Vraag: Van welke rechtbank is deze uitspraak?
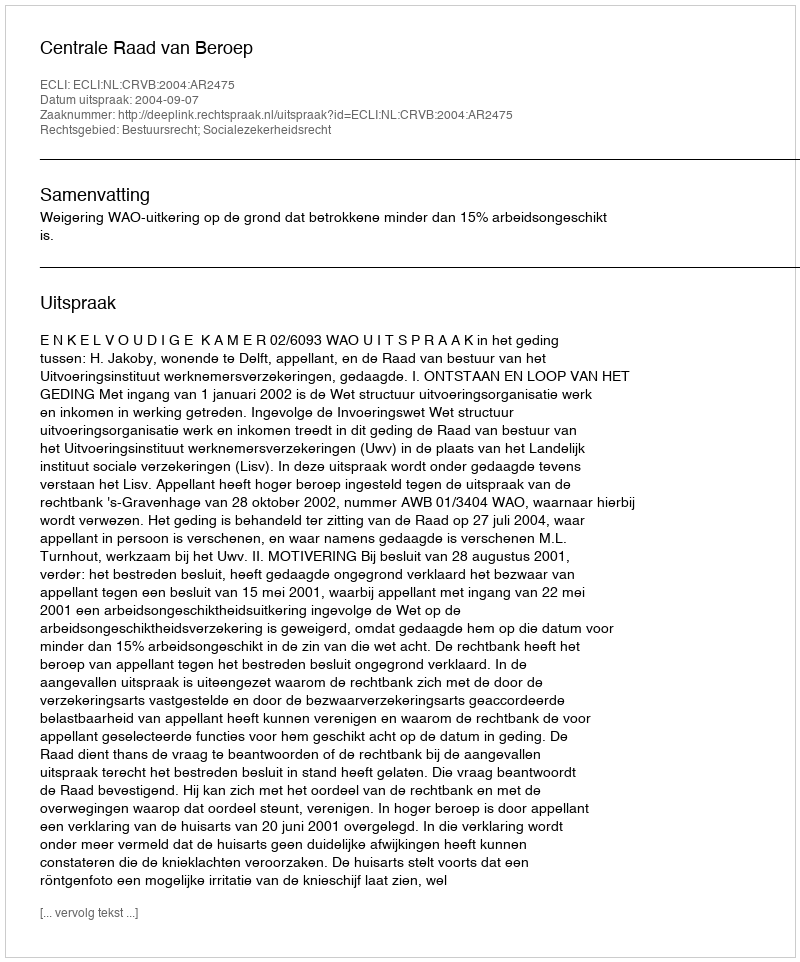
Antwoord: Centrale Raad van Beroep